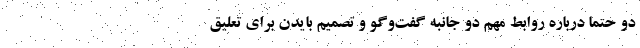
دو حتما درباره روابط مهم دو جانبه گفت‌و‌گو و تصمیم بایدن برای تعلیق